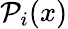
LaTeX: \mathcal{P}_{i}(x)